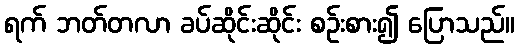
ရက် ဘတ်တလာ ခပ်ဆိုင်းဆိုင်း စဉ်းစား၍ ပြောသည်။